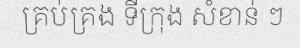
គ្រប់គ្រង ទីក្រុង សំខាន់ ៗ